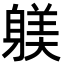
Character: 躾